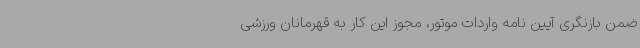
ضمن بازنگری آیین نامه واردات موتور، مجوز این کار به قهرمانان ورزشی